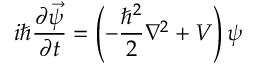
\boldsymbol { i } \hbar \frac { \partial \vec { \psi } } { \partial t } = \left( - \frac { \hbar ^ { 2 } } { 2 } \nabla ^ { 2 } + V \right) \boldsymbol { \psi }